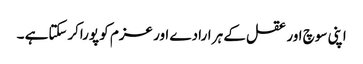
اپنی سوچ اور عقل کے ہر ارادے اور عزم کو پوراکرسکتاہے ۔